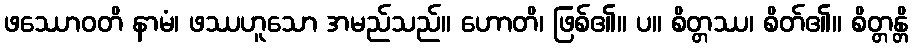
ဖဿောဝတိ နာမံ၊ ဖဿဟူသော အမည်သည်။ ဟောတိ၊ ဖြစ်၏။ ပ။ စိတ္တဿ၊ စိတ်၏။ စိတ္တန္တိ